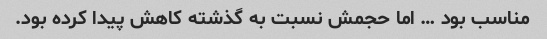
مناسب بود … اما حجمش نسبت به گذشته کاهش پیدا کرده بود.